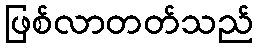
ဖြစ်လာတတ်သည်